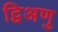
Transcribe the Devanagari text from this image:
द्विअणु